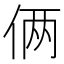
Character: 俩